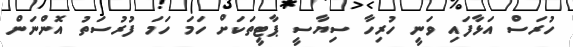
ހުރަސް އަޅާފައި ވަނީ ހުރިހާ ސިޔާސީ ޕާޓީތަކަށް ހަމަ ހަމަ ފުރުސަތު އޮންނަން